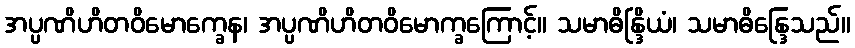
အပ္ပဏိဟိတဝိမောက္ခေန၊ အပ္ပဏိဟိတဝိမောက္ခကြောင့်။ သမာဓိန္ဒြိယံ၊ သမာဓိန္ဒြေသည်။